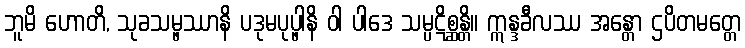
ဘူမိ ဟောတိ, သုခသမ္ဖဿာနိ ပဒုမပုပ္ဖါနိ ဝါ ပါဒေ သမ္ပဋိစ္ဆန္တိ။ ဣန္ဒခီလဿ အန္တော ဌပိတမတ္တေ